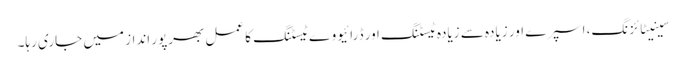
سینیٹائزنگ، اسپرے اور زیادہ سے زیادہ ٹیسٹنگ اور ڈرائیو وے ٹیسٹنگ کا عمل بھرپور انداز میں جاری رہا۔